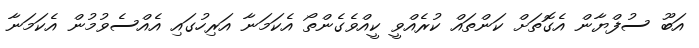
އަބޫ ސުފްޔާން އެގޮތަށް ކަންތައް ކުރެއްވީ ކީއްވެގެންތޯ އެކަމަނާ އަރިހުގައި އެއްސެވުމުން އެކަމަނާ